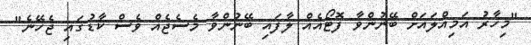
"މިހާރު އަމިއްލައަށް ބޭނުންވާ ފޮޓޯއެއް ލާފައި ބޭނުންވާ މެސެޖެއް ވެސް ކާޑުގައި ޖެހޭނެ"